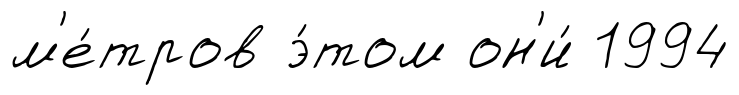
м'е́тров э́том он'и́ 1994